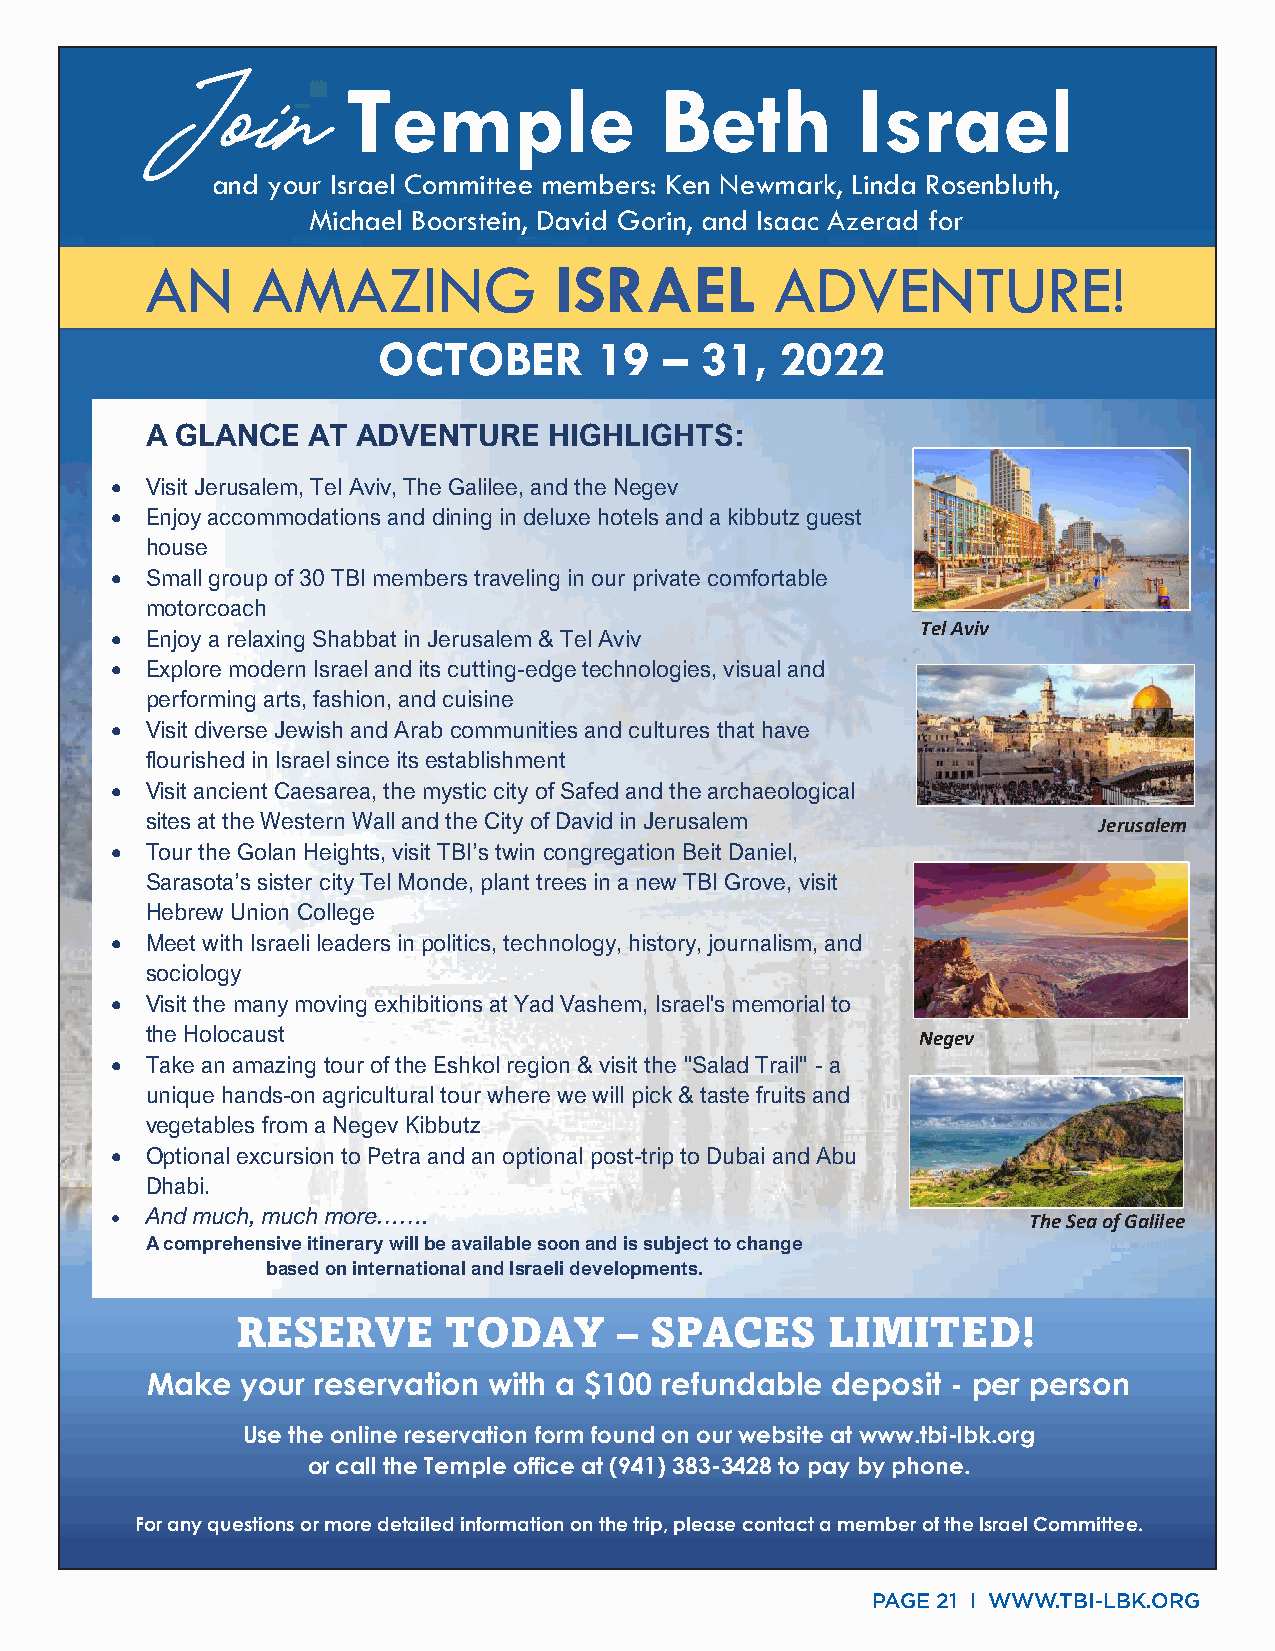
Temple               Beth         Israel
 Join
 and your Israel Committee members: Ken Newmark, Linda Rosenbluth,
 Michael Boorstein, David Gorin, and Isaac Azerad for
 AN     AMAZING             ISRAEL        ADVENTURE!
 OCTOBER        19  – 31,   2022
 A GLANCE  AT  ADVENTURE   HIGHLIGHTS:
 •  Visit Jerusalem, Tel Aviv, The Galilee, and the Negev
 •  Enjoy accommodations and dining in deluxe hotels and a kibbutz guest
 house
 •  Small group of 30 TBI members traveling in our private comfortable
 motorcoach
 Tel Aviv
 •  Enjoy a relaxing Shabbat in Jerusalem & Tel Aviv
 •  Explore modern Israel and its cutting-edge technologies, visual and
 performing arts, fashion, and cuisine
 •  Visit diverse Jewish and Arab communities and cultures that have
 flourished in Israel since its establishment
 •  Visit ancient Caesarea, the mystic city of Safed and the archaeological
 sites at the Western Wall and the City of David in Jerusalem
 Jerusalem
 •  Tour the Golan Heights, visit TBI’s twin congregation Beit Daniel,
 Sarasota’s sister city Tel Monde, plant trees in a new TBI Grove, visit
 Hebrew Union College
 •  Meet with Israeli leaders in politics, technology, history, journalism, and
 sociology
 •  Visit the many moving exhibitions at Yad Vashem, Israel's memorial to
 the Holocaust
 Negev
 •  Take an amazing tour of the Eshkol region & visit the "Salad Trail" - a
 unique hands-on agricultural tour where we will pick & taste fruits and
 vegetables from a Negev Kibbutz
 •  Optional excursion to Petra and an optional post-trip to Dubai and Abu
 Dhabi.
 •  And much, much more…….                                    The Sea of Galilee
 A comprehensive itinerary will be available soon and is subject to change
 based on international and Israeli developments.
 RESERVE       TODAY      – SPACES      LIMITED!
 Make  your reservation with a $100 refundable deposit - per person
 Use the online reservation form found on our website at www.tbi-lbk.org
 or call the Temple office at (941) 383-3428 to pay by phone.
 For any questions or more detailed information on the trip, please contact a member of the Israel Committee.
 PAGE 21 I WWW.TBI-LBK.ORG